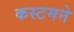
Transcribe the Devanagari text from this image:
कस्टमने